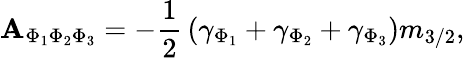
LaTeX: \mathbf{A}_{\Phi_{1}\Phi_{2}\Phi_{3}}=-{\frac{{1}}{{2}}}\left(\gamma_{\Phi_{1}}+\gamma_{\Phi_{2}}+\gamma_{\Phi_{3}}\right)m_{3/2},